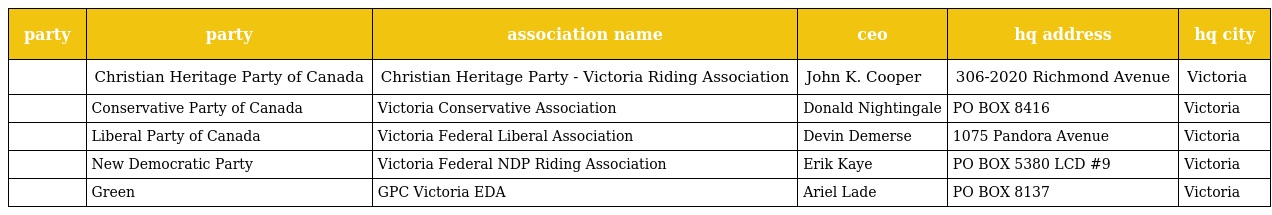
| party | party | association name | ceo | hq address | hq city |
 | --- | --- | --- | --- | --- | --- |
 |  | Christian Heritage Party of Canada | Christian Heritage Party - Victoria Riding Association | John K. Cooper | 306-2020 Richmond Avenue | Victoria |
 |  | Conservative Party of Canada | Victoria Conservative Association | Donald Nightingale | PO BOX 8416 | Victoria |
 |  | Liberal Party of Canada | Victoria Federal Liberal Association | Devin Demerse | 1075 Pandora Avenue | Victoria |
 |  | New Democratic Party | Victoria Federal NDP Riding Association | Erik Kaye | PO BOX 5380 LCD #9 | Victoria |
 |  | Green | GPC Victoria EDA | Ariel Lade | PO BOX 8137 | Victoria |